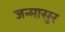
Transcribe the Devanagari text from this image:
जन्मासुर